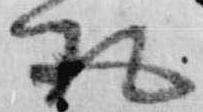
取